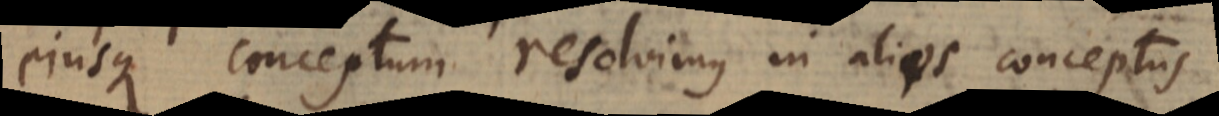
ejusque conceptum resolvimus in alios conceptus